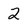
Character: 2